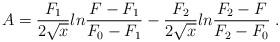
LaTeX: \begin{align*}A = \frac{F_1}{2 \sqrt{x}} ln \frac{F - F_1}{F_0 - F_1} - \frac{F_2}{2 \sqrt{x}} ln \frac{F_2 - F}{F_2 - F_0} \; .\end{align*}